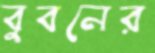
বুবনের